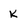
Character: K